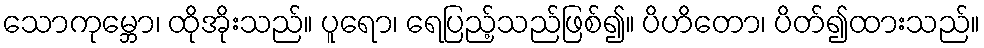
သောကုမ္ဘော၊ ထိုအိုးသည်။ ပူရော၊ ရေပြည့်သည်ဖြစ်၍။ ပိဟိတော၊ ပိတ်၍ထားသည်။